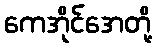
ကေအိုင်အေတို့